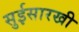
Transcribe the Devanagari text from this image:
सुईसारखी